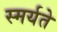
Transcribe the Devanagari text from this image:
स्मर्यते